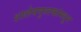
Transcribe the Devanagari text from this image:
शालेयपुस्तकांमधून